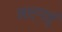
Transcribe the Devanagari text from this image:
मार्गनुं